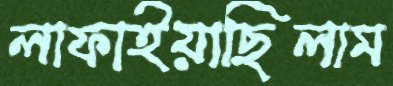
লাফাইয়াছিলাম